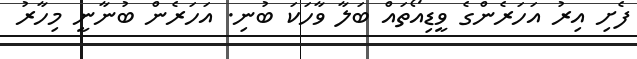
ފެށި އިރު އަހަރެންގެ ވީޑިއޯތައް ބަލާ ވާހަކަ ބުނި. އަހަރެން ބުނާނީ މިހާރު